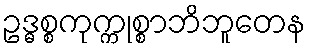
ဥဒ္ဓစ္စကုက္ကုစ္စာဘိဘူတေန